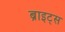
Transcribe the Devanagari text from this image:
ब्राइट्स